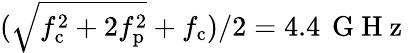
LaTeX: (\sqrt{f_{\mathrm{c}}^{2}+2f_{\mathrm{p}}^{2}}+f_{\mathrm{c}})/2=4.4\, \mathrm{~G~H~z~}